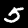
Label: 5